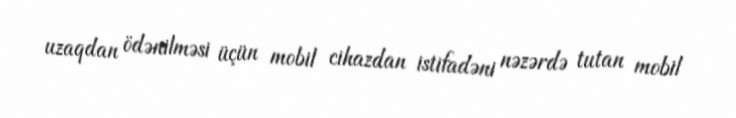
uzaqdan ödənilməsi üçün mobil cihazdan istifadəni nəzərdə tutan mobil